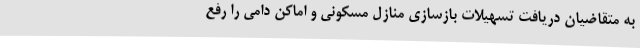
به متقاضیان دریافت تسهیلات بازسازی منازل مسکونی و اماکن دامی را رفع